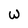
Character: W